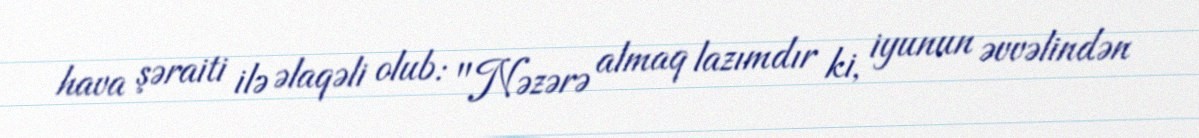
hava şəraiti ilə əlaqəli olub: "Nəzərə almaq lazımdır ki, iyunun əvvəlindən